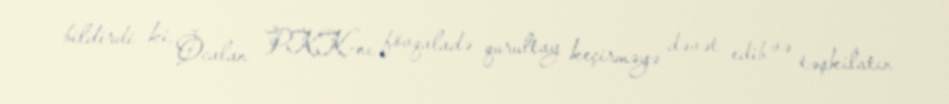
bildirdi ki, Öcalan PKK-nı fövqaladə qurultay keçirməyə dəvət edib və təşkilatın